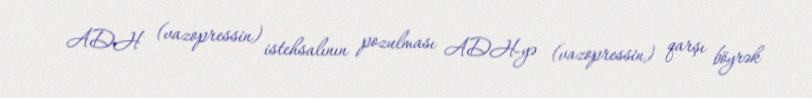
ADH (vazopressin) istehsalının pozulması ADH-yə (vazopressin) qarşı böyrək